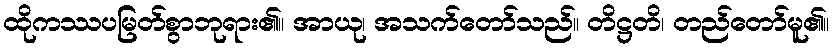
ထိုကဿပမြတ်စွာဘုရား၏။ အာယု၊ အသက်တော်သည်။ တိဋ္ဌတိ၊ တည်တော်မူ၏။